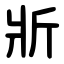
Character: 斨